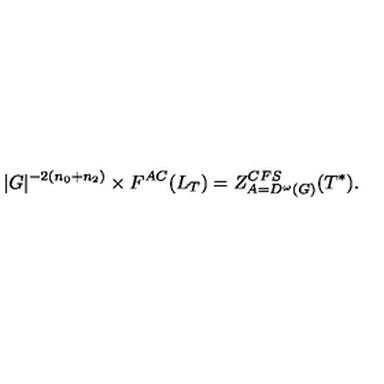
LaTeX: | G | ^ { - 2 ( n _ { 0 } + n _ { 2 } ) } \times F ^ { A C } ( L _ { T } ) = Z _ { A = D ^ { \omega } ( G ) } ^ { C F S } ( T ^ { \ast } ) .